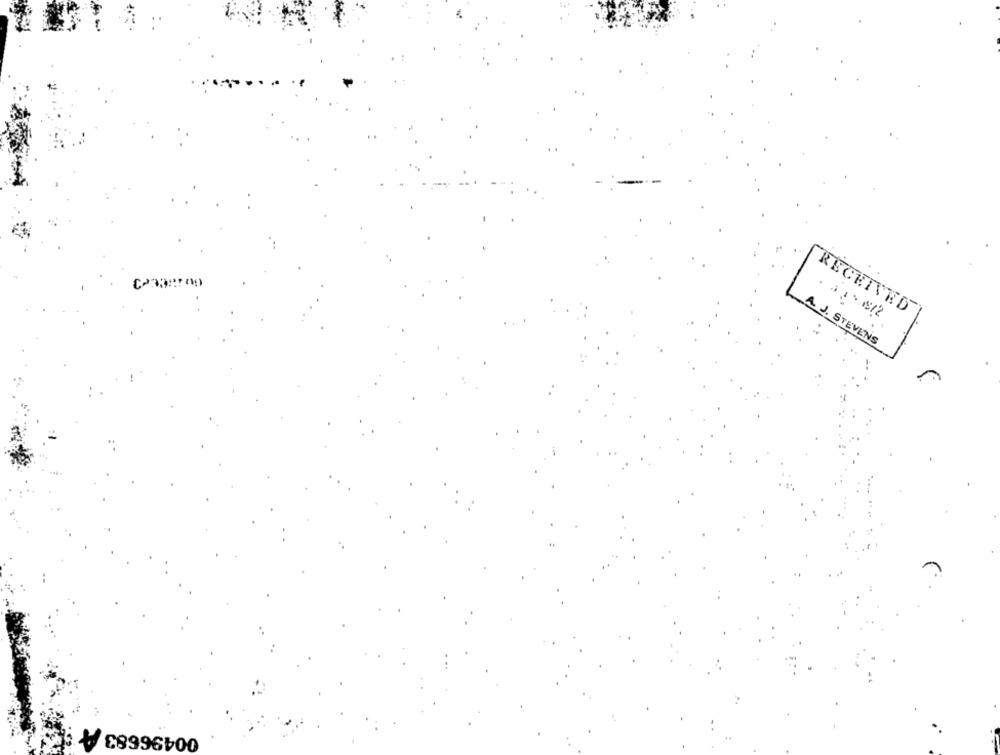
RECEIVED
A. J. STEVENS
00496683 A